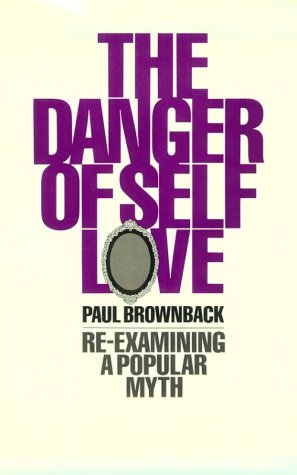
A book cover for Danger of Self-Love; Paul Brownback; Religion & Spirituality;